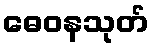
ဓေဝနသုတ်